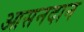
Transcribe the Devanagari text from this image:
आसनदान